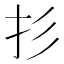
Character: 𱟫